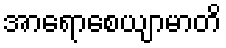
အာရောစေယျာမာတိ